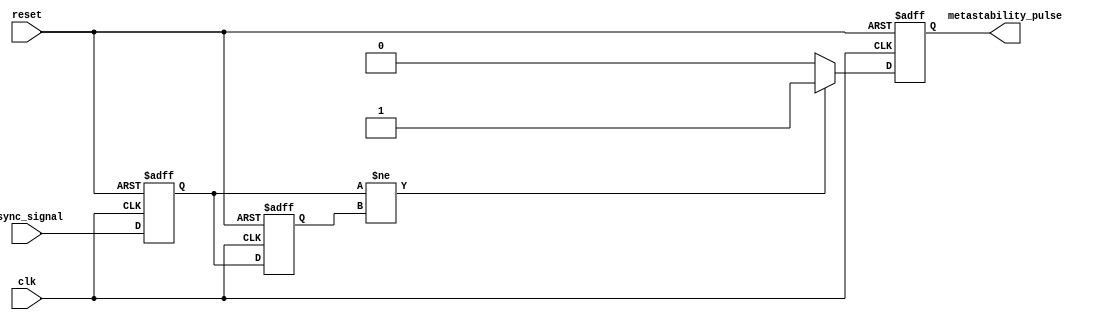
module metastability_detector (
    input wire clk,                // Clock signal
    input wire reset,              // Reset signal
    input wire async_signal,       // Asynchronous input signal
    output reg metastability_pulse  // Output pulse indicating metastability
);

    // Internal signals
    reg ff1, ff2;                  // D Flip-Flops

    // Flip-Flops to sample the asynchronous signal
    always @(posedge clk or posedge reset) begin
        if (reset) begin
            ff1 <= 1'b0;           // Reset FF1
            ff2 <= 1'b0;           // Reset FF2
        end else begin
            ff1 <= async_signal;   // Sample the asynchronous signal
            ff2 <= ff1;            // Sample the output of FF1
        end
    end

    // Pulse generation logic
    always @(posedge clk or posedge reset) begin
        if (reset) begin
            metastability_pulse <= 1'b0; // Clear the pulse on reset
        end else begin
            // Generate a pulse if the outputs of the flip-flops differ
            if (ff1 != ff2) begin
                metastability_pulse <= 1'b1; // Assert pulse
            end else begin
                metastability_pulse <= 1'b0; // Deassert pulse
            end
        end
    end

endmodule